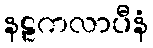
နဠကလာပီနံ